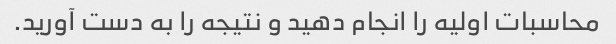
محاسبات اولیه را انجام دهید و نتیجه را به دست آورید.